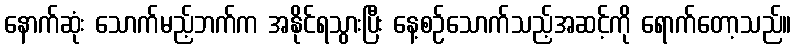
နောက်ဆုံး သောက်မည့်ဘက်က အနိုင်ရသွားပြီး နေ့စဉ်သောက်သည့်အဆင့်ကို ရောက်တော့သည်။